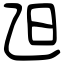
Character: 𣄽